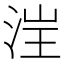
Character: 𪶁